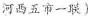
河西五市一联)